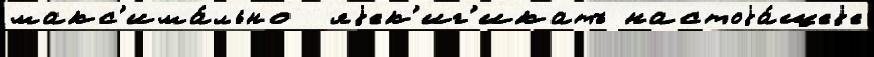
макс'има́льно  яjек'иг'икатъ настоjа́щеjе